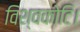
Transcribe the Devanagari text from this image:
विश्वकोटि।